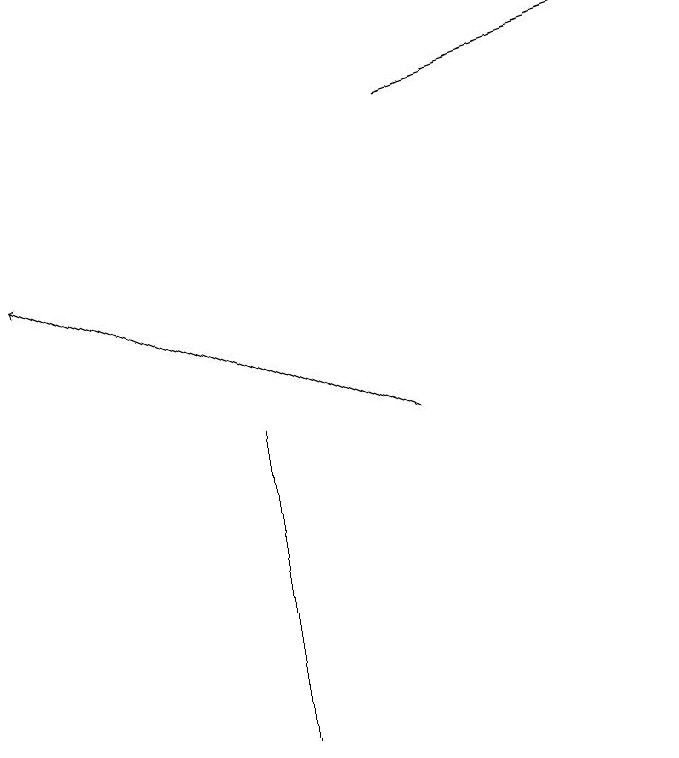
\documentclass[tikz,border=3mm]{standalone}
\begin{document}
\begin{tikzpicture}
\draw[->] (6,14) -- (1,16);
\draw (4,10) rectangle (4,14);
\draw[->] (6,18) -- (9,19);
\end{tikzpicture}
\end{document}